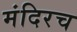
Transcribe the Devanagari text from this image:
मंदिरच